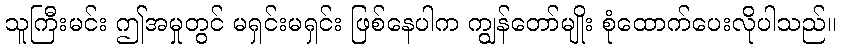
သူကြီးမင်း ဤအမှုတွင် မရှင်းမရှင်း ဖြစ်နေပါက ကျွန်တော်မျိုး စုံထောက်ပေးလိုပါသည်။